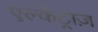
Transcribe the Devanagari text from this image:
एल्केट्राज़